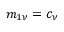
m _ { 1 \nu } = c _ { \nu }